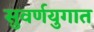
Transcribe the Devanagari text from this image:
सुवर्णयुगात